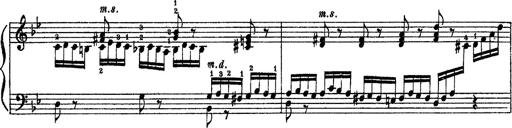
Title: Sarabande und Chaconne aus dem Singspiel
Composer: Franz Liszt